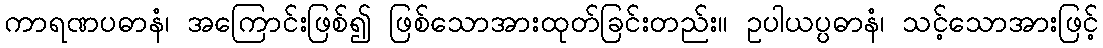
ကာရဏပဓာနံ၊ အကြောင်းဖြစ်၍ ဖြစ်သောအားထုတ်ခြင်းတည်း။ ဥပါယပ္ပဓာနံ၊ သင့်သောအားဖြင့်